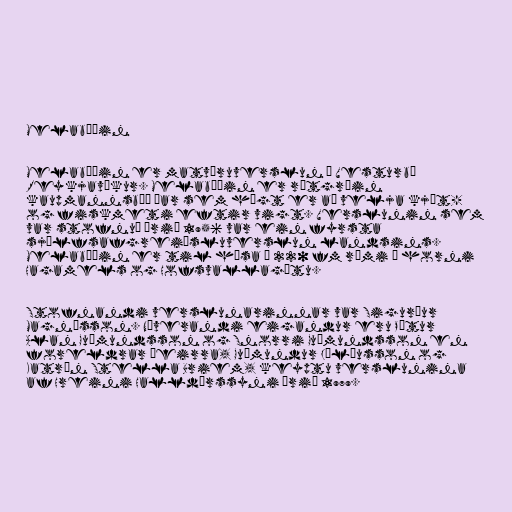
Melabúðin

Melabúðin er matvöruverslun í Vesturbæ
Reykjavíkur. Melabúðin er rótgróin
kaupmannsbúð þar sem hægt er að velja kjöt-
og fiskmeti eftir vigt. Verslunin sem
var stofnuð árið 1956 var ein fyrsta
sjálfsafgreiðsluverslun landsins.
Melabúðin er til húsa í 220 fm rými á horni
Hagamels og Hofsvallagötu.

Stofnandi verslunarinnar var Sigurður
Magnússon. Núverandi eigandur eru Pétur
Alan Guðmundsson og Snorri Guðmundsson en
foreldrar þeirra, Guðmundur Júlíusson og
Katrín Stella Briem, keyptu verslunina
af Hreini Halldórssyni árið 1979.